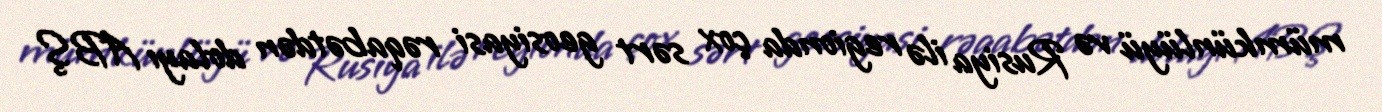
mümkünlüyü və Rusiya ilə regionda çox sərt geosiyasi rəqabətdən dolayı ABŞ